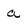
Character: a